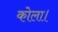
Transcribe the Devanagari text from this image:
कोला।